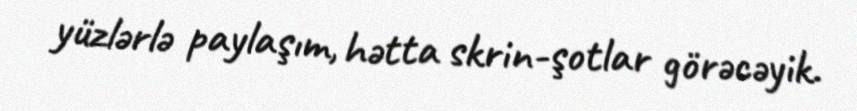
yüzlərlə paylaşım, hətta skrin-şotlar görəcəyik.